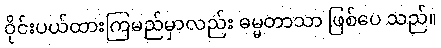
ဝိုင်းပယ်ထားကြမည်မှာလည်း ဓမ္မတာသာ ဖြစ်ပေ သည်။